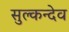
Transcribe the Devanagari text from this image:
सुल्कन्देव